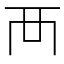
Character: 襾